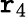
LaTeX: \mathtt{r}_{4}